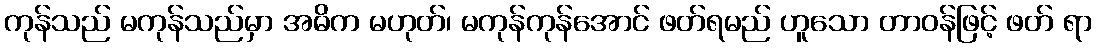
ကုန်သည် မကုန်သည်မှာ အဓိက မဟုတ်၊ မကုန်ကုန်အောင် ဖတ်ရမည် ဟူသော တာဝန်ဖြင့် ဖတ် ရာ